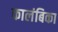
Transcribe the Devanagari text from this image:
कालंबिका